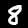
Digit: 8